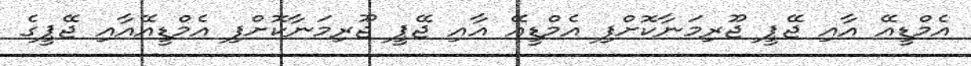
އެމްޑީއޭ އާއި ޖޭޕީ ޖޫރިމަނާކޮށްފި އެމްޑީއޭ އާއި ޖޭޕީ ޖޫރިމަނާކޮށްފި އެމްޑީއޭއާއި ޖޭޕީގެ